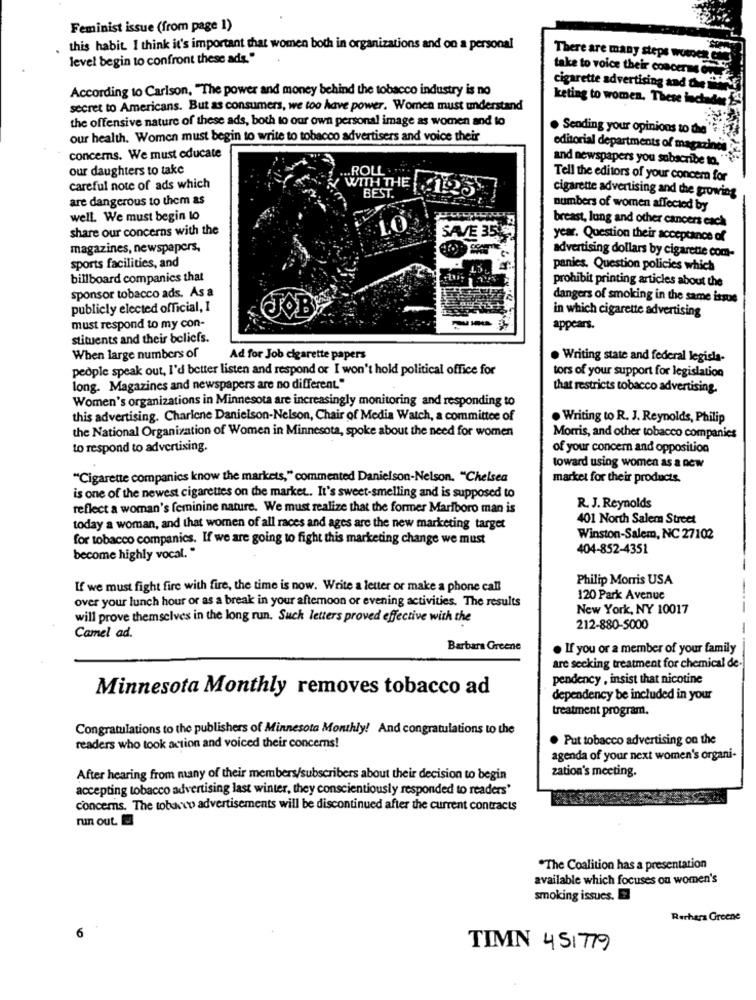
Feminist issue (from page 1)
. this habit. I think it's important that women both in organizations and on a personal
level begin to confront these ads."
There are many steps womes che
take to voice their concerns on
cigarette advertising and de ""T
According to Carlson, "The power and money behind the tobacco industry is no
keting to women. These inchader
secret to Americans. But as consumers, we too have power. Women must understand
the offensive nature of these ads, both to our own personal image as women and to
. Sending your opinions to the'?"
our health. Women must begin to write to tobacco advertisers and voice their
editorial departments of magazines
concerns. We must educate
and newspapers you subscribe to. "
our daughters to take
.ROLL
Tell the editors of your concern for
careful note of ads which
WITH THE
cigarette advertising and the growing
are dangerous to them as
BEST.
numbers of women affected by
well. We must begin to
breast, lung and other cancers each
share our concerns with the
10
SAVE 352
year. Question their acceptance of
magazines, newspapers,
advertising dollars by cigarette com-
sports facilities, and
panies. Question policies which
billboard companies that
prohibit printing articles about the
sponsor tobacco ads. As a
dangers of smoking in the same issue
publicly elected official, I
in which cigarette advertising
must respond to my con-
appears.
stituents and their beliefs.
When large numbers of
Ad for Job cigarette papers
. Writing state and federal legisla-
people speak out, I'd better listen and respond or I won't hold political office for
tors of your support for legislation
long. Magazines and newspapers are no different."
that restricts tobacco advertising.
Women's organizations in Minnesota are increasingly monitoring and responding to
this advertising. Charlene Danielson-Nelson, Chair of Media Watch, a committee of
. Writing to R. J. Reynolds, Philip
the National Organization of Women in Minnesota, spoke about the need for women
Morris, and other tobacco companies
to respond to advertising.
of your concern and opposition
toward using women as a new
"Cigarette companies know the markets," commented Danielson-Nelson. "Chelsea
market for their products.
is one of the newest cigarettes on the market. It's sweet-smelling and is supposed to
reflect a woman's feminine nature. We must realize that the former Marlboro man is
R. J. Reynolds
401 North Salem Street
today a woman, and that women of all races and ages are the new marketing target
for tobacco companies. If we are going to fight this marketing change we must
Winston-Salem, NC 27102
404-852-4351
become highly vocal."
Philip Morris USA
If we must fight fire with fire, the time is now. Write a letter or make a phone call
over your lunch hour or as a break in your afternoon or evening activities. The results
120 Park Avenue
New York, NY 10017
will prove themselves in the long run. Such letters proved effective with the
212-880-5000
Camel ad.
Barbara Greene
. If you or a member of your family
are seeking treatment for chemical de-
pendency , insist that nicotine
Minnesota Monthly removes tobacco ad
dependency be included in your
treatment program.
Congratulations to the publishers of Minnesota Monthly! And congratulations to the
. Put tobacco advertising on the
readers who took action and voiced their concerns!
agenda of your next women's organi-
zation's meeting.
After hearing from many of their members/subscribers about their decision to begin
accepting tobacco advertising last winter, they conscientiously responded to readers'
concerns. The tobacco advertisements will be discontinued after the current contracts
run out.
*The Coalition has a presentation
available which focuses on women's
smoking issues.
Rerhara Greene
0
TIMN 451719